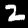
Label: 2